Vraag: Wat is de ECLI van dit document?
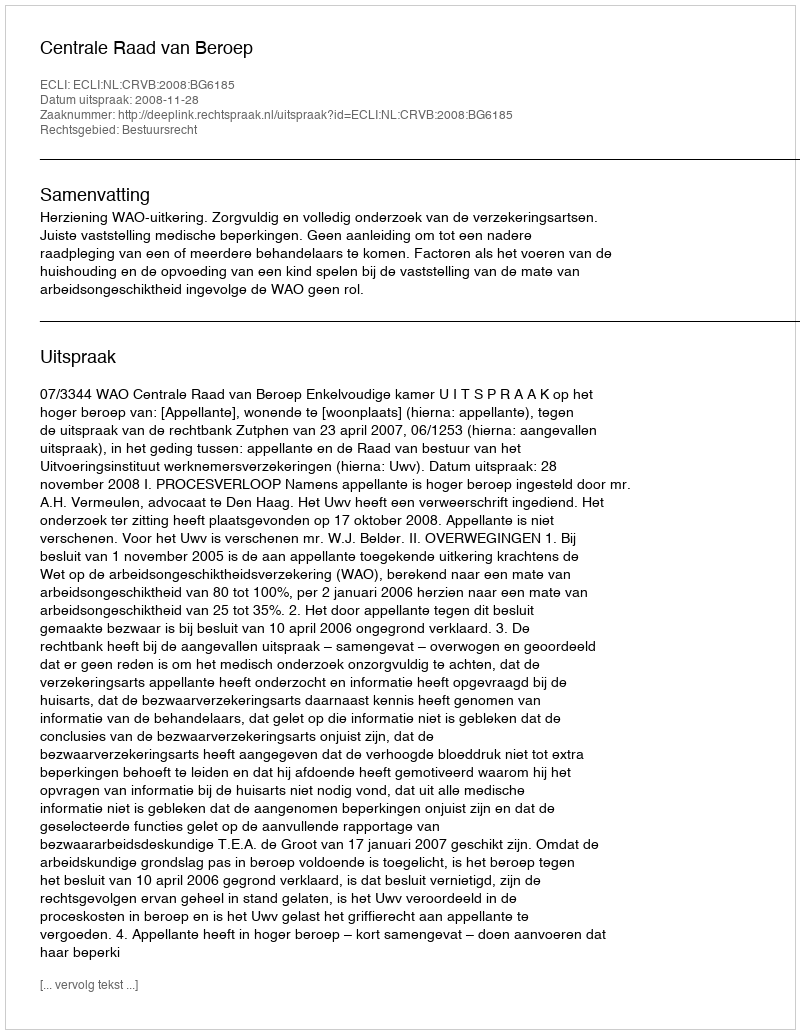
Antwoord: ECLI:NL:CRVB:2008:BG6185